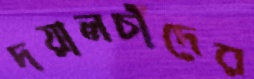
দয়ালচাঁদের